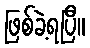
ဖြစ်ခဲ့ရပြီ။